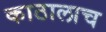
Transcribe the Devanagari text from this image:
काठालाच